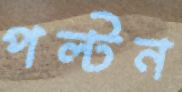
পল্টন